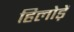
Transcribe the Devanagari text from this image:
हिलोड़ें